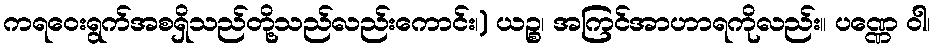
ကရဝေးရွက်အစရှိသည်တို့သည်လည်းကောင်း၊) ယဉ္စ၊ အကြင်အာဟာရကိုလည်း။ ပဏ္ဏေ ဝါ၊